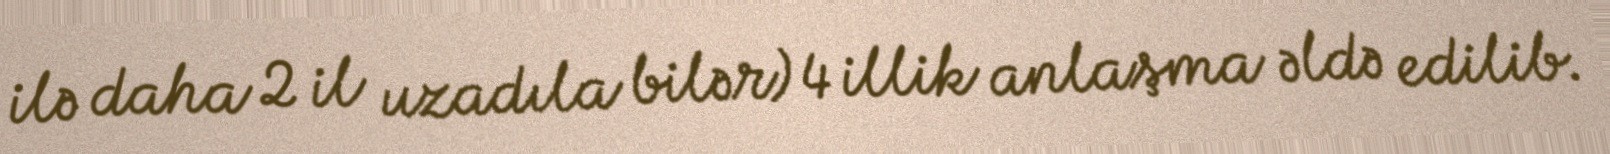
ilə daha 2 il uzadıla bilər) 4 illik anlaşma əldə edilib.